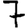
Digit: 7